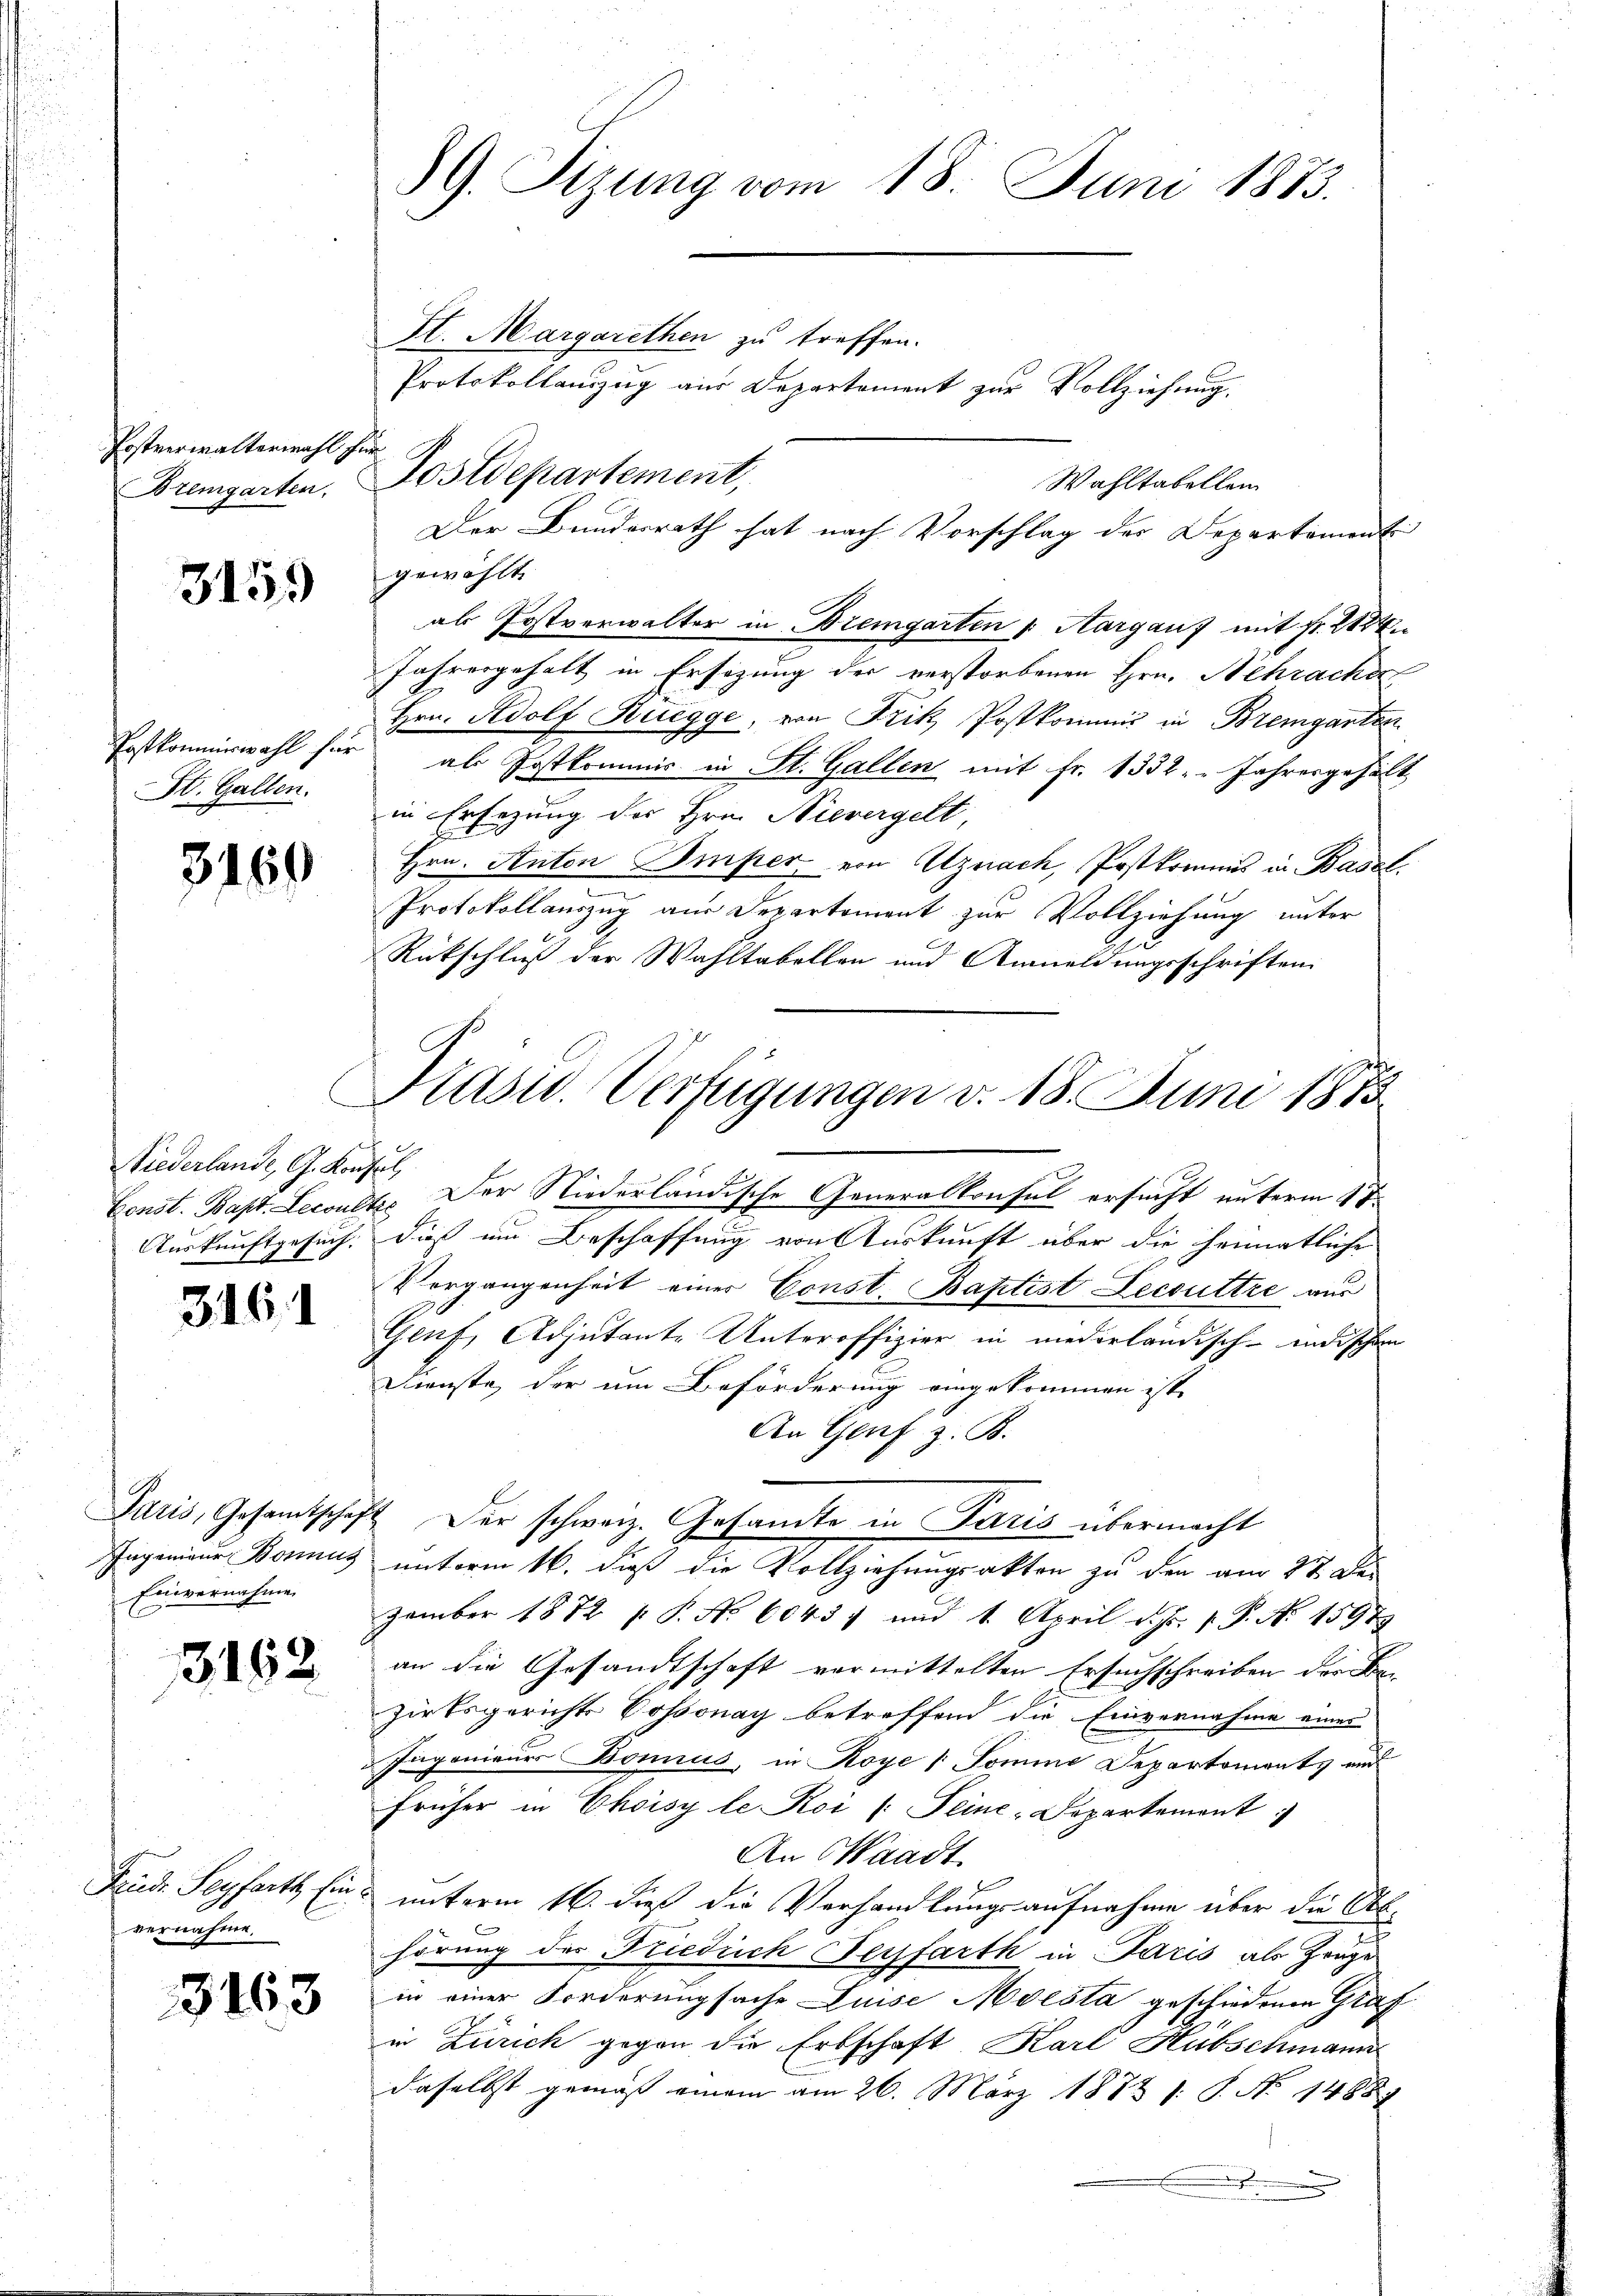
Postverwaltermahl für
Bremgarten,

315.

Postkommiswahl für
St. Gallen.

3169

Niederlande, G. Konsul,

3161

Paris, Gesamtschaft
Ingenieur Bonnus
Einvernahmen

3162

Fende Seyfarth, Einvernahme.

3163

89. Sizung vom 18. Juni 1873.

Postdepartement,

St. Margarethen zu treffen.
Wahltabellen
gewählt
als Postverwalter in Bremgarten v. Aargauf mit Fr. 212
Jahresgehalt in Ersezung der verstorbenen Hrn. Schrachen
Hrn. Adolf Rüegge, von Frik Postkommis in Bremgarten
als Postkommis in St. Gallen mit fr. 1332. " Jahresgehält
in Ersezung des Hrn. Nievergelt,
Hrn. Anton Imper, von Uznach, Postkommis in Basel.
Protokollauszug aus Departement zur Vollziehung unter
Rückschluß der Wahltabellen und Anmeldungsschriften.
Präsid. Verfügungen v. 18. Juni 1875

Protokollanzug aus Departement zur Vollziehung.

Der Bundesrath hat nach Vorschlag der Departament

Const. Bapt. Leccultes Der Niederländische Generalkonsul ersucht unterm 17.
Auskunftgesuch, dieß um Beschaffung von Auskunft über die heimatliche
Vorgangenheit einer Const. Baptist Lecsuttre aus
Genf, Adjutante Unteroffizier in niederländisch-indischen
Dienste, der um Beförderung eingekommen ist,
An Genf z. B.
 Der schweiz. Gesandte in Paris übermacht
unterm 16. daß die Vollziehungsakten zu den am 27. De
zember 1872 P. No. 6043, und 1. April d. Js. v. P. Nr. 1597
an die Gesandtschaft vermittelten Ersuchschreiben der Bezirksgerichts Vossonay betreffend die Einvernahme eines
Ingenieurs Bonnus, in Roye / Somme Departements und
früher in Choisy le Koi (: Feine-Departement
An Waadt.
unterm 16. dieß die Verhandlungsaufnahme über die Ab-
hörung des Friedrich Feyfarth in Paris als Zeuge
in einer Forderungsache Luise Moesta geschiedenen Graf
in Zürich gegen die Erbschaft, Karl Hübschmann
daselbst gemäß einem am 26. März 1883 s. S. No 14887
.